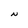
Character: N